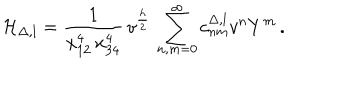
LaTeX: { \cal H } _ { \Delta , l } = \frac { 1 } { x _ { 1 2 } ^ { 4 } \, x _ { 3 4 } ^ { 4 } } \, v ^ { \frac { h } { 2 } } \, \sum _ { n , m = 0 } ^ { \infty } c _ { n m } ^ { \Delta , l } v ^ { n } Y ^ { m } \, .